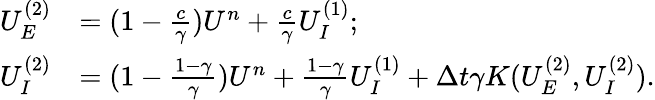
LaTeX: \begin{array}{rl}{U_{E}^{(2)}}&{=(1-\frac{c}{\gamma})U^{n}+\frac{c}{\gamma}U_{I}^{(1)};}\\ {U_{I}^{(2)}}&{=(1-\frac{1-\gamma}{\gamma})U^{n}+\frac{1-\gamma}{\gamma}U_{I}^{(1)}+\Delta t\gamma K(U_{E}^{(2)},U_{I}^{(2)}).}\end{array}